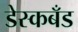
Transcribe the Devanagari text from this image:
डेस्कबँड